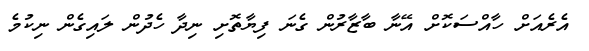
އެރެއަށް ހާއްސަކޮށް އޭނާ ބާޒާރުން ގެނަ ފިޔާތޮށި ނިދާ ހެދުން ލައިގެން ނިކުމެ